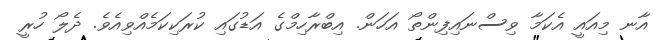
އާާނ މިއައީ އެކަމާ ވިސްނައިފިންތޯ އަހަން. އިބްރާހިމްގެ އަޑުގައި ކުރަކިކަމެއްވިއެވެ. ދެލޯ ހުރީ